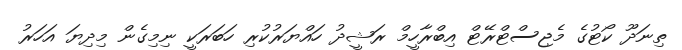
ތިނަދޫ ކޯޓުގެ މެޖިސްޓްރޭޓް އިބްރާހީމް ރަޝީދު ހައްޔަރުކުރި ހަބަރަކީ ނިމިގެން މިދިޔަ އަހަރު